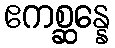
ဧကစ္ဆန္နေ